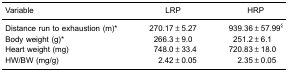
| Variable | LRP | HRP |
 | --- | --- | --- |
 | Distance run to exhaustion (m)* | 270.17±5.27 | 939.36±57.99§ |
 | Body weight (g)* | 266.3±9.0 | 251.2±6.1 |
 | Heart weight (mg) | 748.0±33.4 | 720.83±18.0 |
 | HW/BW (mg/g) | 2.42±0.05 | 2.35±0.05 |